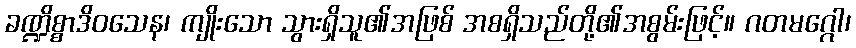
ခဏ္ဍိစ္စာဒိဝသေန၊ ကျိုးသော သွားရှိသူ၏အဖြစ် အစရှိသည်တို့၏အစွမ်းဖြင့်။ ဂတမဂ္ဂေါ၊